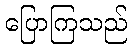
ပြောကြသည်